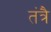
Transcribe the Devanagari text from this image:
तंत्रै